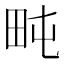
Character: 𱰧